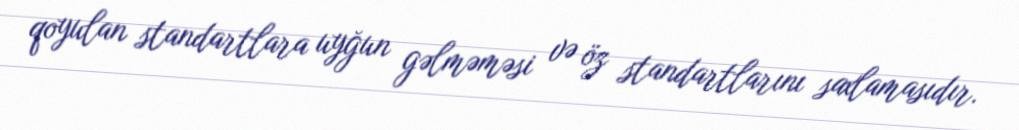
qoyulan standartlara uyğun gəlməməsi və öz standartlarını saxlamasıdır.